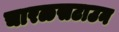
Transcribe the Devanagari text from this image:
चारळसटाउन